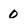
Character: 0